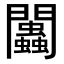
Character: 𨷷